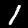
Digit: 1